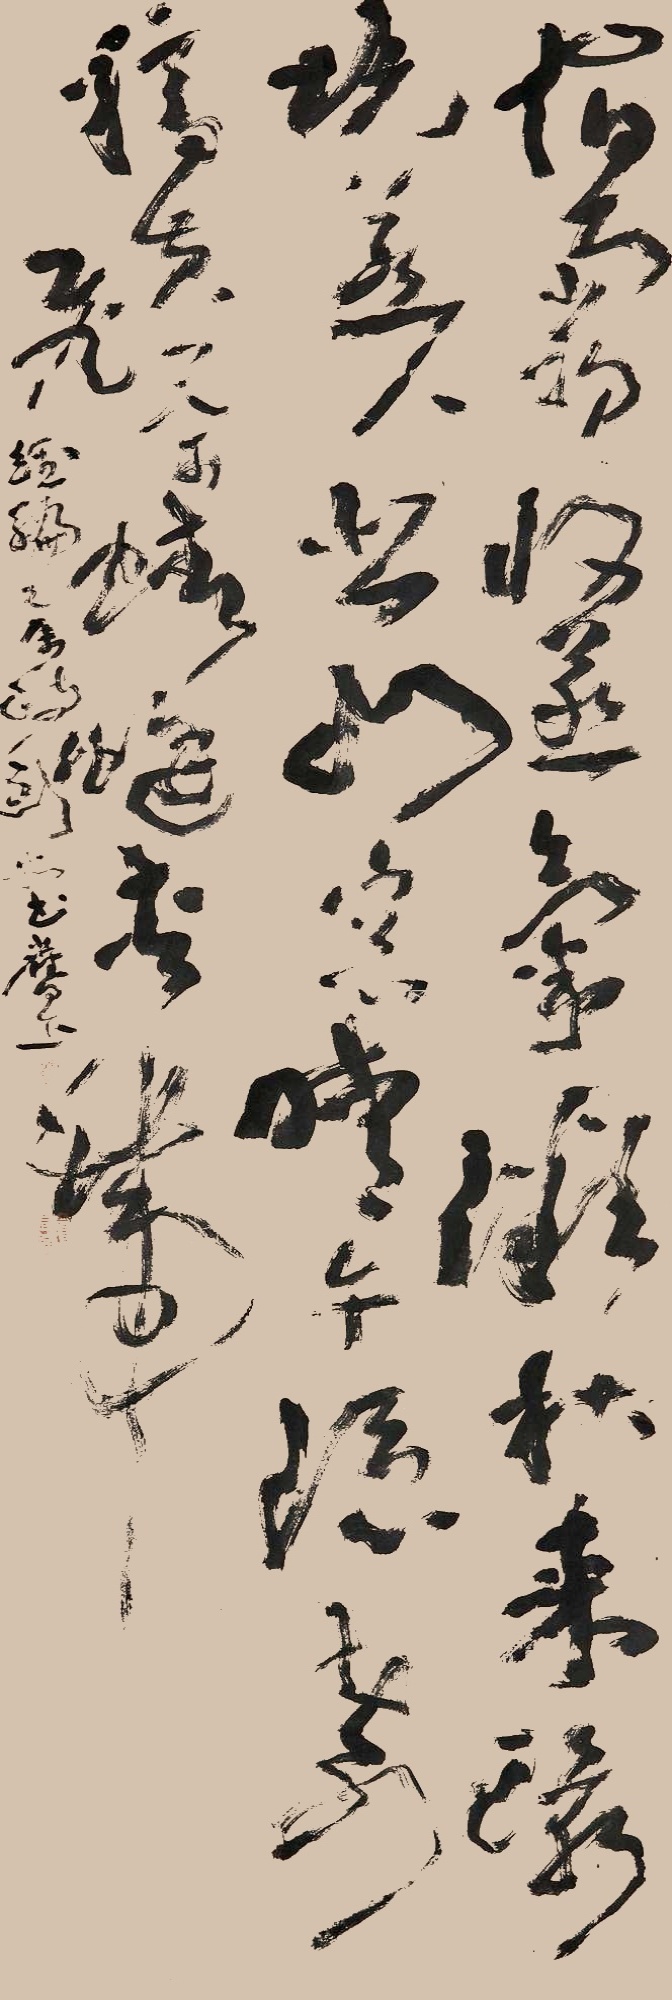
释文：宿雨初收燕气微，秋来环境惹人悲。山窗晴午隐奇稿，黄叶蜻蜓夹带飞。经纶兄属政，剑父书旧作。